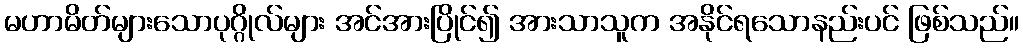
မဟာမိတ်များသောပုဂ္ဂိုလ်များ အင်အားပြိုင်၍ အားသာသူက အနိုင်ရသောနည်းပင် ဖြစ်သည်။